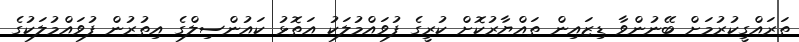
ތަރައްގީކުރުމަށް ބޭނުންވާ ޑިޒައިން ތައްޔާރުކޮށް ކުރީގެ ފުވައްމުލަކު އަތޮޅު ކައުންސިލްގެ އިތުރުން ފުވައްމުލަކުގެ